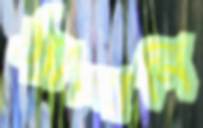
ঠ্যাঙ্গানি